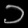
Digit: ၁